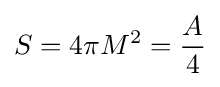
S=4\pi M^{2}={\frac {A}{4}}